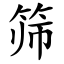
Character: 筛